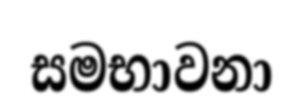
සමභාවනා